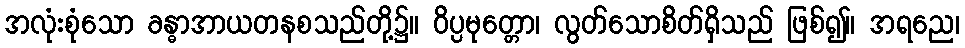
အလုံးစုံသော ခန္ဓာအာယတနစသည်တို့၌။ ဝိပ္ပမုတ္တော၊ လွတ်သောစိတ်ရှိသည် ဖြစ်၍။ အရညေ၊